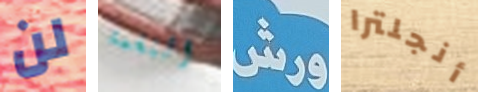
لن النغمة ورش أنجلترا